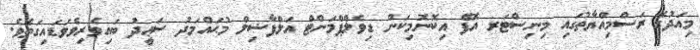
މިއަދުގެ ރަސްމިއްޔާތުގައި މިނިސްޓަރ އޮފް އިކޮނޮމިކަން ޑިވެލްޕްމަންޓް އަލްފާޟިލް މުޙައްމަދު ސަޢީދު ބައިވެރިވެވަޑައިގަތެވެ.